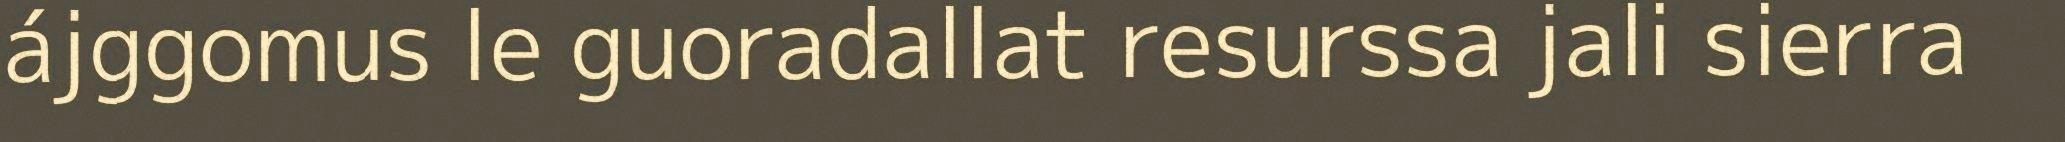
ájggomus le guoradallat resurssa jali sierra